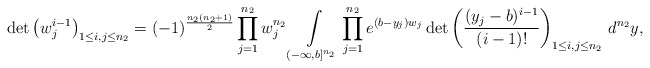
\begin{align*}\det \left(w_j^{i-1}\right)_{1\le i,j\le n_2}=(-1)^{\frac{n_2(n_2+1)}2}\prod\limits_{j=1}^{n_2}w_j^{n_2}\int\limits_{(-\infty,b]^{n_2}}\prod\limits_{j=1}^{n_2}e^{(b-y_j)w_j}\det\left(\frac{(y_j-b)^{i-1}}{(i-1)!}\right)_{1\le i,j\le n_2}\,d^{n_2}y,\end{align*}